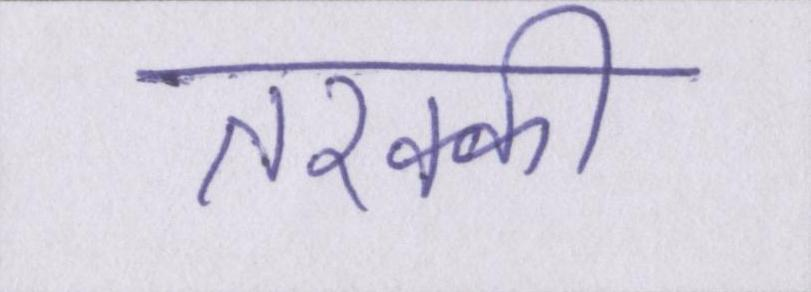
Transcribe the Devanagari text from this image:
तरक्की